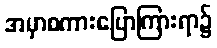
အမှာစကားပြောကြားရာ၌